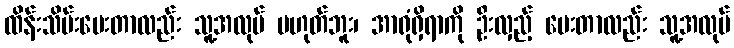
ထိန်းသိမ်းပေးတာလည်း သူ့အလုပ် မဟုတ်ဘူး၊ အာရုံရှိရာကို ဦးလှည့် ပေးတာလည်း သူ့အလုပ်